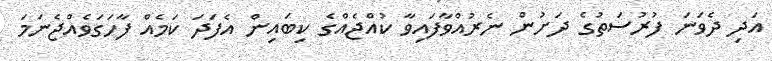
އަދި ދެވަނަ ފުރުސަތުގެ ދަށުން ނެރުއްވާފައިވާ ކުއްޖެއްގެ ކިބައިން އެފަދަ ކަމެއް ފާހަގަވެއްޖެނަމަ